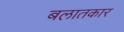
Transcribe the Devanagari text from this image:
बलातकार